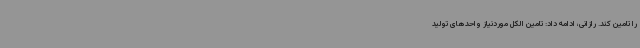
را تامین کند. رازانی، ادامه داد: تامین الکل موردنیاز واحدهای تولید